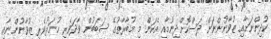
ކުދިންނަށާއި ޒުވާނުންނަށް ދަސްކޮށްދިނުމާއި އެކަން މި މުބާރާތުގެ ސަބަބުން ވާދަވެރި ހުނަރުވެރި ޒުވާނުންނާއި